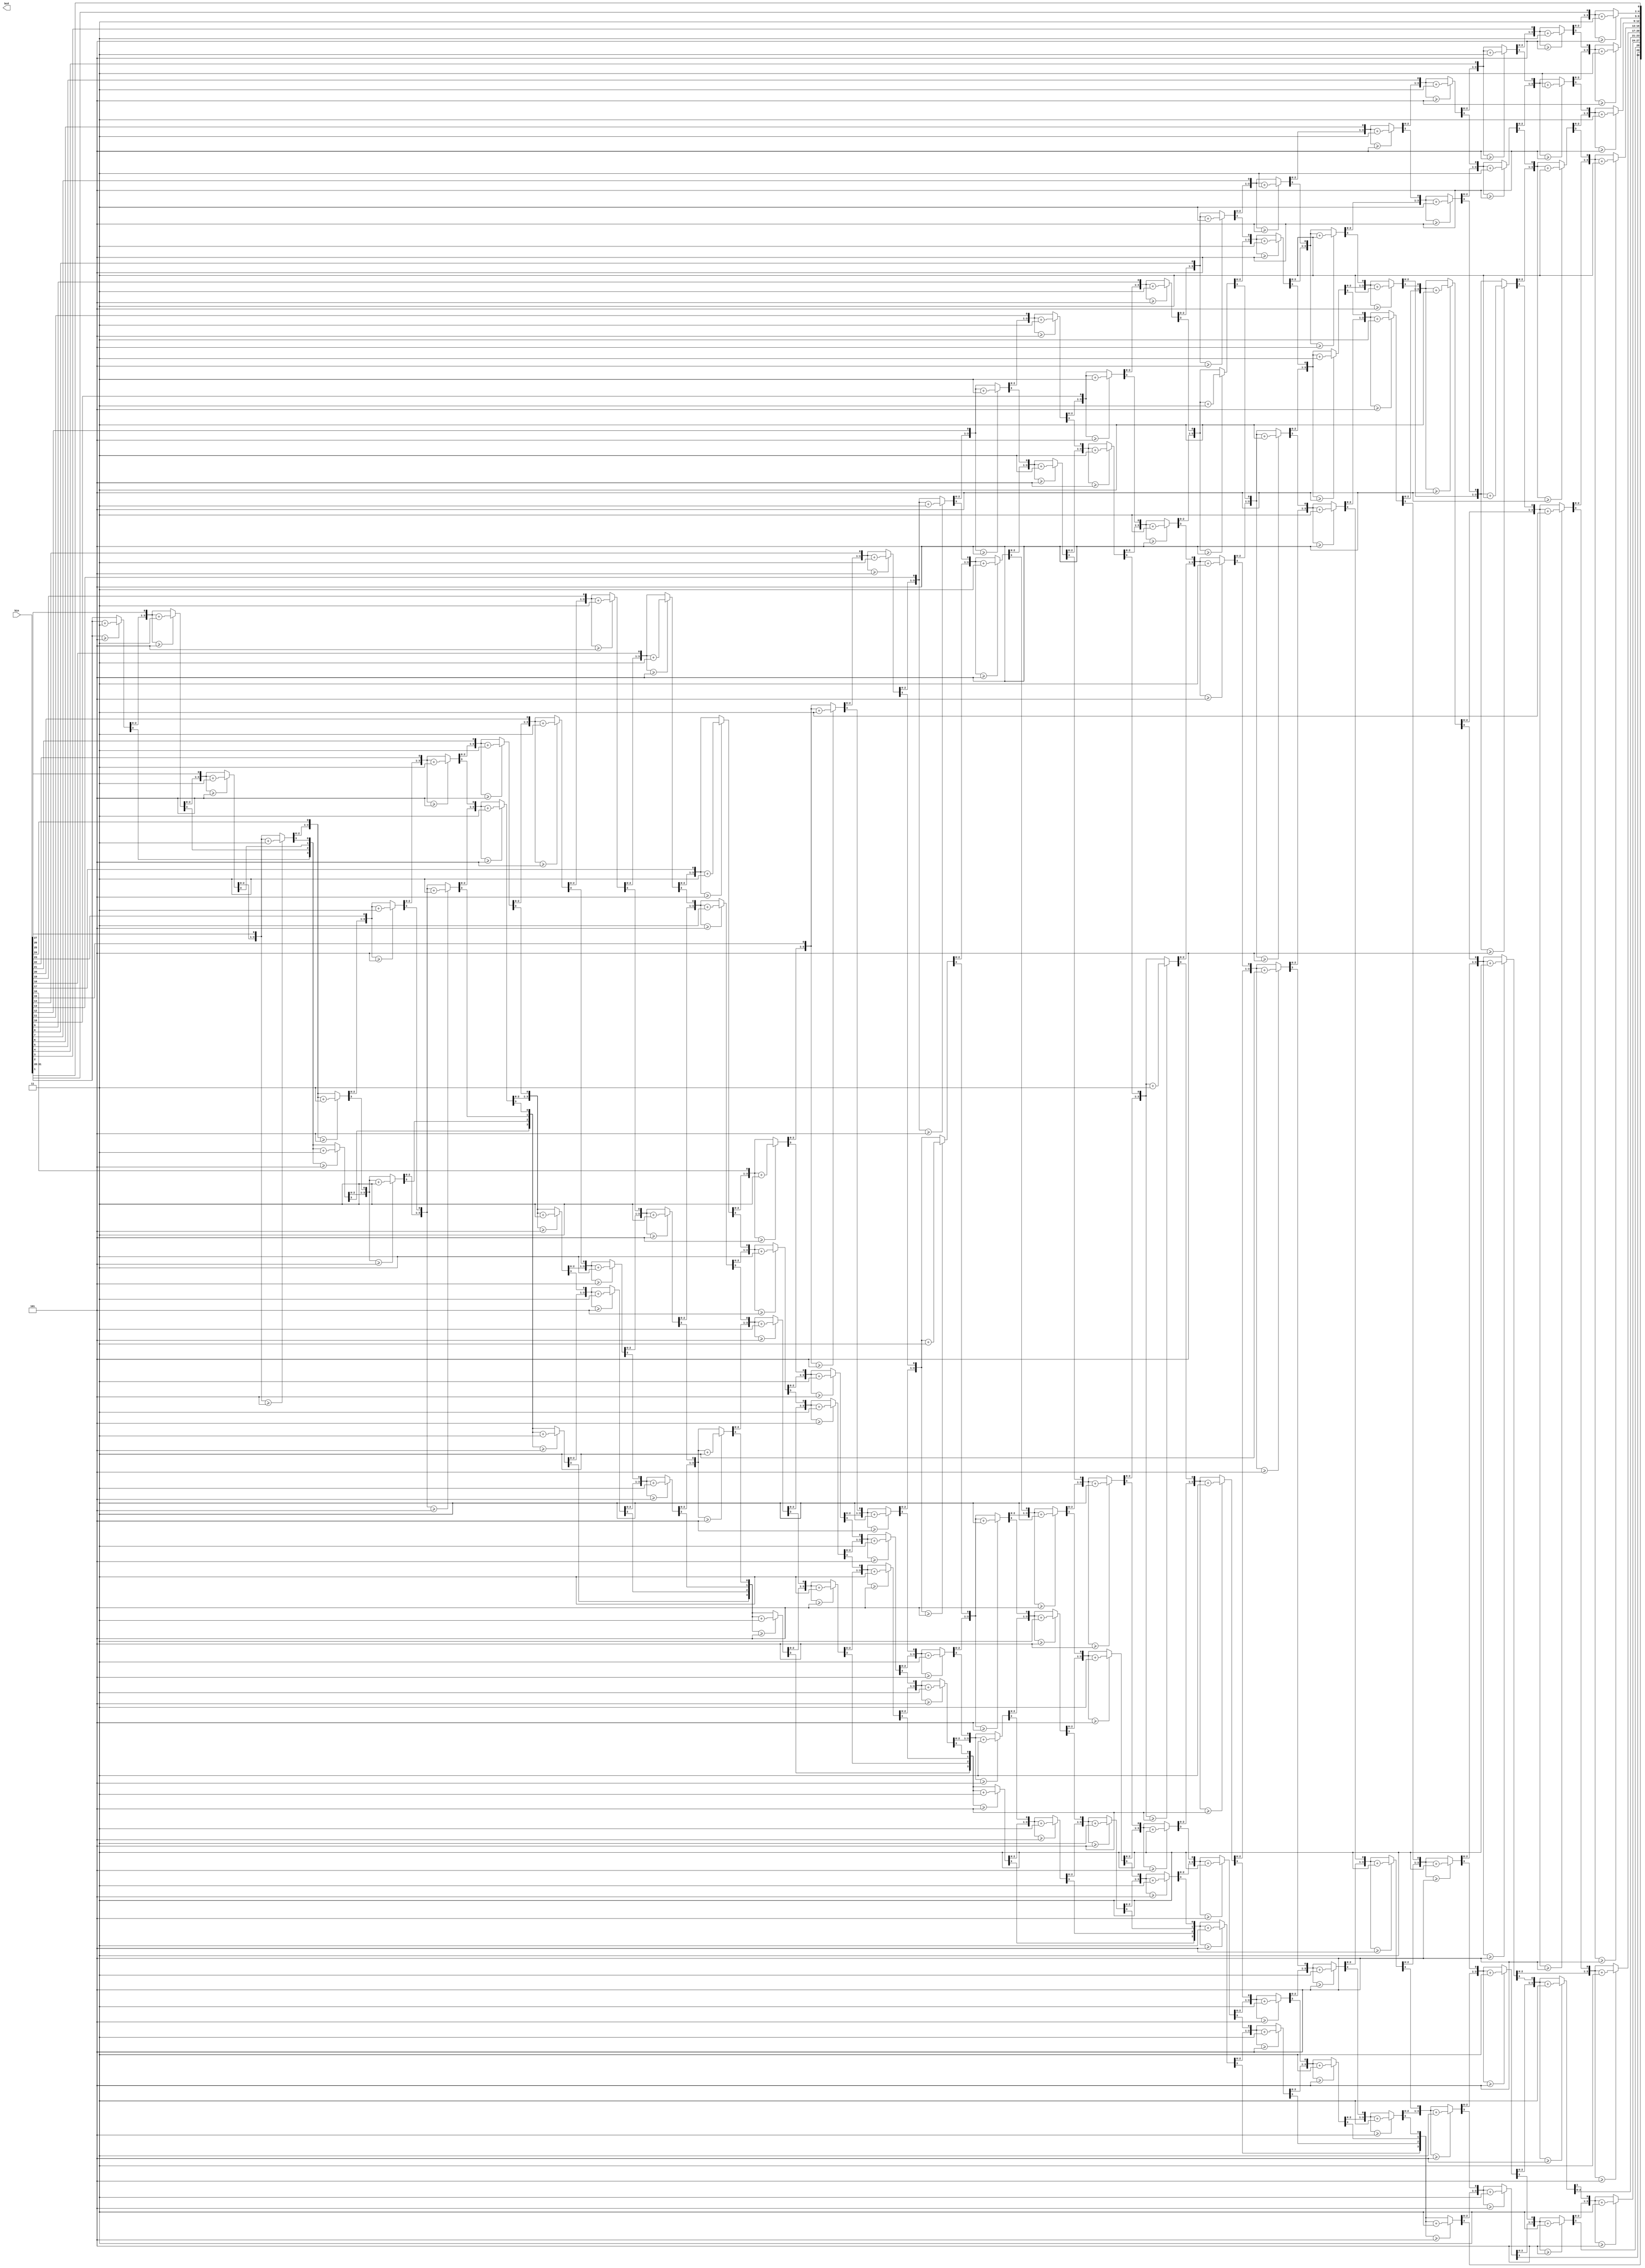
module bin2bcd(
   input [31:0] bin,
   
   output reg [31:0] bcd
   );
   
integer i;
	
always @(bin) begin
    bcd=0;		 	
    for (i=0;i<32;i=i+1) begin	
 	
	
	
   // else
   // begin
       	//Iterate once for each bit in input number
    if (bcd[3:0] >= 5) bcd[3:0] = bcd[3:0] + 3;		//If any BCD digit is >= 5, add three
	if (bcd[7:4] >= 5) bcd[7:4] = bcd[7:4] + 3;
	if (bcd[11:8] >= 5) bcd[11:8] = bcd[11:8] + 3;
	if (bcd[15:12] >= 5) bcd[15:12] = bcd[15:12] + 3;
	if (bcd[19:16] >= 5) bcd[19:16] = bcd[19:16] + 3;
	if (bcd[23:20] >= 5) bcd[23:20] = bcd[23:20] + 3;
	if (bcd[26:23] >= 5) bcd[26:23] = bcd[26:23] + 3;
	if (bcd[31:27] >= 5) bcd[31:27] = bcd[31:27] + 3;
	bcd = {bcd[31:0],bin[32-i]};
    //end
  	
	end			//Shift one bit, and shift in proper bit from input 
    end
endmodule